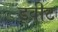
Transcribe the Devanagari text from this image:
ड्वीट